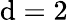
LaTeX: \mathrm{d}=2